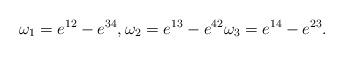
LaTeX: \begin{gather*}\omega_1= e^{12} - e^{34},\omega_2= e^{13} - e^{42}\omega_3= e^{14} - e^{23}.\end{gather*}